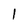
Character: l